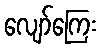
လျော်ကြေး